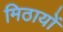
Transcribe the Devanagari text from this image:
मिठायों